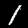
Digit: 1